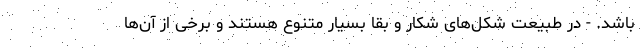
باشد. - در طبیعت شکل‌های شکار و بقا بسیار متنوع هستند و برخی از آن‌ها